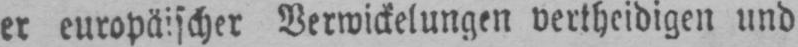
er europäischer Verwickelungen vertheidigen und